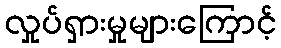
လှုပ်ရှားမှုများကြောင့်